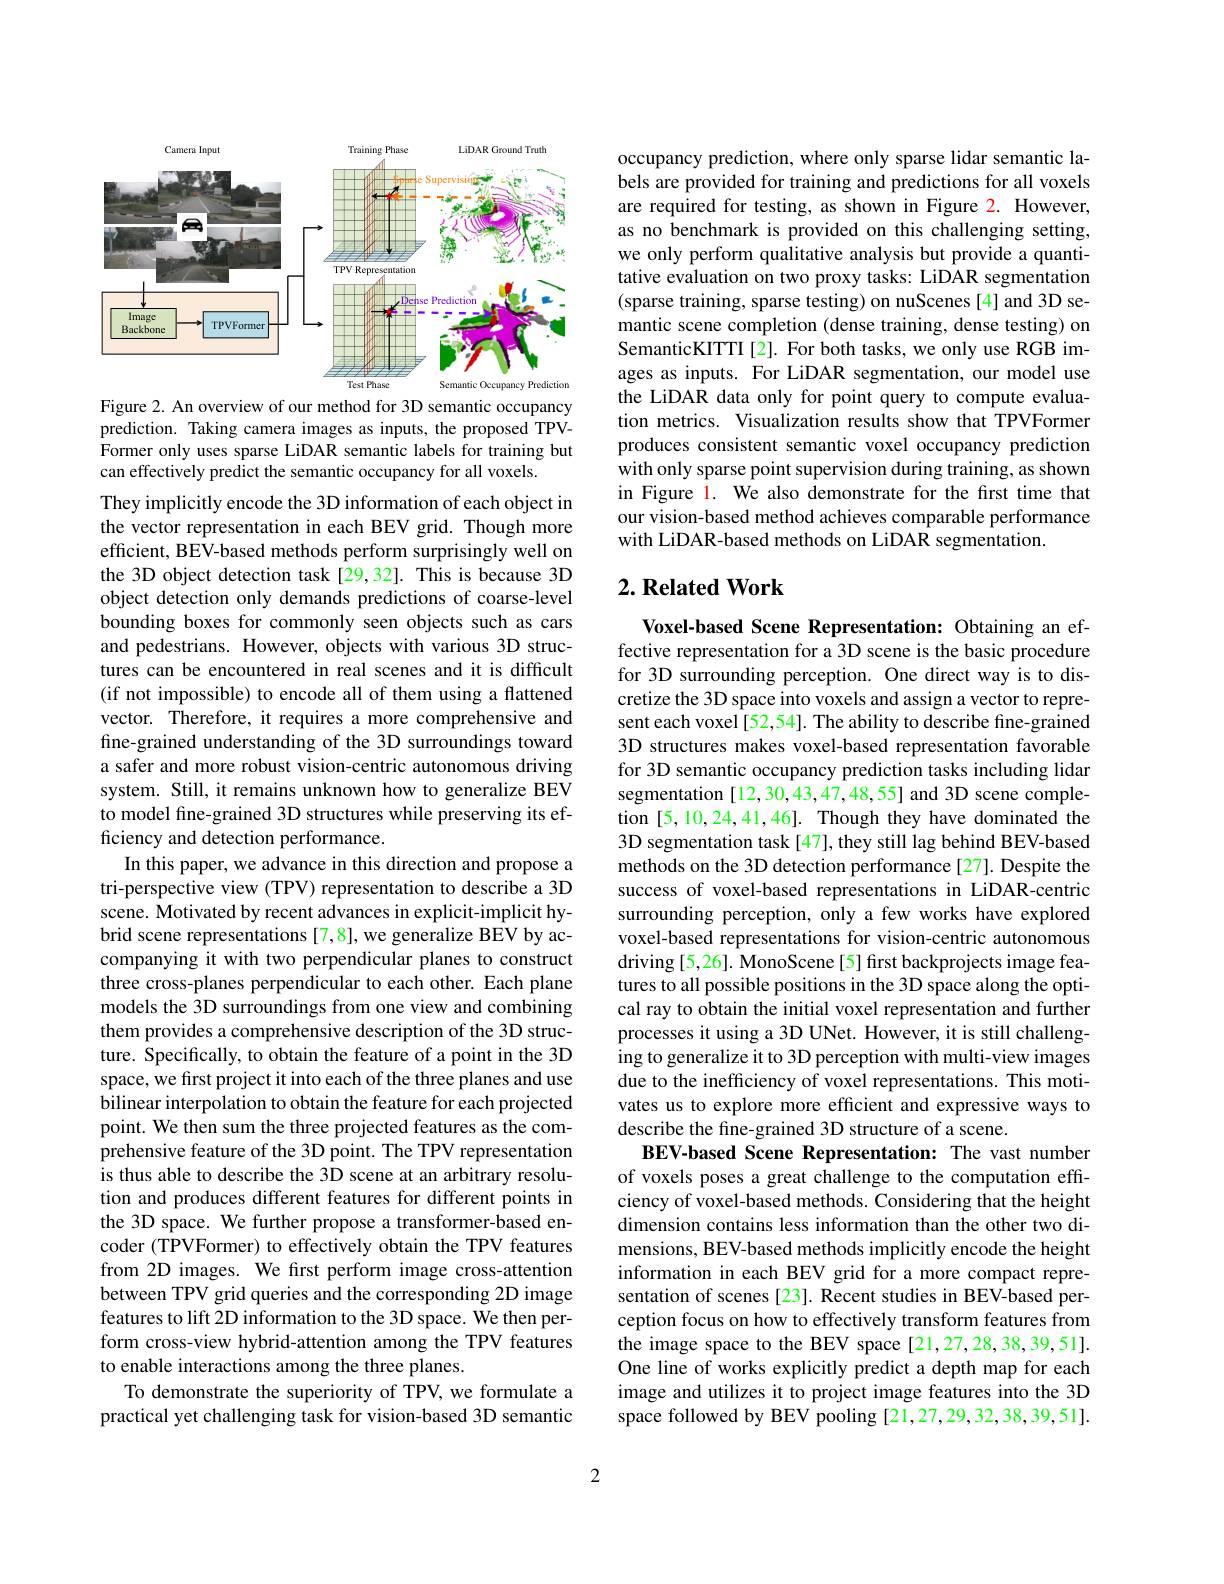
<FigureHere>

Figure 2. An overview of our method for 3D semantic occupancy prediction. Taking camera images as inputs, the proposed TPVFormer only uses sparse LiDAR semantic labels for training but can effectively predict the semantic occupancy for all voxels.

They implicitly encode the 3D information of each object in the vector representation in each BEV grid. Though more efficient, BEV-based methods perform surprisingly well on the 3D object detection task[29,32]. This is because 3D object detection only demands predictions of coarse-level bounding boxes for commonly seen objects such as cars and pedestrians. However, objects with various 3D structures can be encountered in real scenes and it is difficult (if not impossible) to encode all of them using a flattened vector. Therefore, it requires a more comprehensive and fine-grained understanding of the 3D surroundings toward a safer and more robust vision-centric autonomous driving system. Still, it remains unknown how to generalize BEV to model fine-grained 3D structures while preserving its efficiency and detection performance.
In this paper, we advance in this direction and propose a tri-perspective view (TPV) representation to describe a 3D scene. Motivated by recent advances in explicit-implicit hybrid scene representations [7,8], we generalize BEV by accompanying it with two perpendicular planes to construct three cross-planes perpendicular to each other. Each plane models the 3D surroundings from one view and combining them provides a comprehensive description of the 3D structure. Specifically, to obtain the feature of a point in the 3D space, we first project it into each of the three planes and use bilinear interpolation to obtain the feature for each projected point. We then sum the three projected features as the comprehensive feature of the 3D point. The TPV representation is thus able to describe the 3D scene at an arbitrary resolution and produces different features for different points in the 3D space. We further propose a transformer-based encoder (TPVFormer) to effectively obtain the TPV features from 2D images. We first perform image cross-attention between TPV grid queries and the corresponding 2D image features to lift 2D information to the 3D space. We then perform cross-view hybrid-attention among the TPV features to enable interactions among the three planes.
To demonstrate the superiority of TPV, we formulate a practical yet challenging task for vision-based 3D semantic

occupancy prediction, where only sparse lidar semantic labels are provided for training and predictions for all voxels are required for testing, as shown in Figure 2. However, as no benchmark is provided on this challenging setting, we only perform qualitative analysis but provide a quantitative evaluation on two proxy tasks: LiDAR segmentation (sparse training, sparse testing) on nuScenes[4] and 3D semantic scene completion (dense training, dense testing) on SemanticKITTI[2]. For both tasks, we only use RGB images as inputs. For LiDAR segmentation, our model use the LiDAR data only for point query to compute evaluation metrics. Visualization results show that TPVFormer produces consistent semantic voxel occupancy prediction with only sparse point supervision during training, as shown in Figure 1. We also demonstrate for the first time that our vision-based method achieves comparable performance with LiDAR-based methods on LiDAR segmentation.

## $2. \textbf{Related Work}$

Voxel-based Scene Representation: Obtaining an effective representation for a 3D scene is the basic procedure for 3D surrounding perception. One direct way is to discretize the 3D space into voxels and assign a vector to represent each voxel [52,54]. The ability to describe fine-grained 3D structures makes voxel-based representation favorable for 3D semantic occupancy prediction tasks including lidar segmentation [12,30,43,47,48,55] and 3D scene completion [5,10,24,41,46]. Though they have dominated the 3D segmentation task [47], they still lag behind BEV-based methods on the 3D detection performance [27]. Despite the success of voxel-based representations in LiDAR-centric surrounding perception, only a few works have explored voxel-based representations for vision-centric autonomous driving [5,26]. MonoScene [5] first backprojects image features to all possible positions in the 3D space along the optical ray to obtain the initial voxel representation and further processes it using a 3D UNet. However, it is still challenging to generalize it to 3D perception with multi-view images due to the inefficiency of voxel representations. This motivates us to explore more efficient and expressive ways to describe the fine-grained 3D structure of a scene.
BEV-based Scene Representation: The vast number of voxels poses a great challenge to the computation effciency of voxel-based methods. Considering that the height dimension contains less information than the other two dimensions, BEV-based methods implicitly encode the height information in each BEV grid for a more compact representation of scenes [23]. Recent studies in BEV-based perception focus on how to effectively transform features from the image space to the BEV space [21,27,28,38,39,51]. One line of works explicitly predict a depth map for each image and utilizes it to project image features into the 3D space followed by BEV pooling [21,27,29,32,38,39,51].

2